Civil Veterinary Department ledger series I-VI
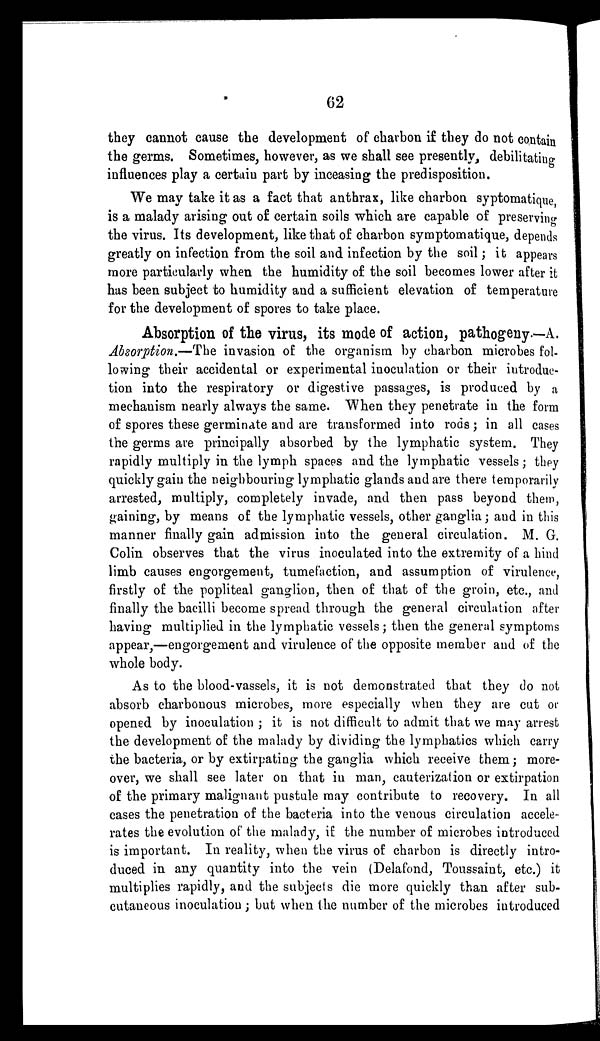
62
they cannot cause the development of charbon if they do not contain
the germs. Sometimes, however, as we shall see presently, debilitating
influences play a certain part by inceasing the predisposition.
We may take it as a fact that anthrax, like charbon syptomatique,
is a malady arising out of certain soils which are capable of preserving
the virus. Its development, like that of charbon symptomatique, depends
greatly on infection from the soil and infection by the soil; it appears
more particularly when the humidity of the soil becomes lower after it
has been subject to humidity and a sufficient elevation of temperature
for the development of spores to take place.
Absorption of the virus, its mode of action, pathogeny.—A.
Absorption.—The invasion of the organism by charbon microbes fol-
lowing their accidental or experimental inoculation or their introduc-
tion into the respiratory or digestive passages, is produced by a
mechanism nearly always the same. When they penetrate in the form
of spores these germinate and are transformed into rods; in all cases
the germs are principally absorbed by the lymphatic system. They
rapidly multiply in the lymph spaces and the lymphatic vessels; they
quickly gain the neighbouring lymphatic glands and are there temporarily
arrested, multiply, completely invade, and then pass beyond them,
gaining, by means of the lymphatic vessels, other ganglia; and in this
manner finally gain admission into the general circulation. M. G.
Colin observes that the virus inoculated into the extremity of a hind
limb causes engorgement, tumefaction, and assumption of virulence,
firstly of the popliteal ganglion, then of that of the groin, etc., and
finally the bacilli become spread through the general circulation after
having multiplied in the lymphatic vessels; then the general symptoms
appear,—engorgement and virulence of the opposite member and of the
whole body.
As to the blood-vassels, it is not demonstrated that they do not
absorb charbonous microbes, more especially when they are cut or
opened by inoculation; it is not difficult to admit that we may arrest
the development of the malady by dividing the lymphatics which carry
the bacteria, or by extirpating the ganglia which receive them; more-
over, we shall see later on that in man, cauterization or extirpation
of the primary malignant pustule may contribute to recovery. In all
cases the penetration of the bacteria into the venous circulation accele-
rates the evolution of the malady, if the number of microbes introduced
is important. In reality, when the virus of charbon is directly intro-
duced in any quantity into the vein (Delafond, Toussaint, etc.) it
multiplies rapidly, and the subjects die more quickly than after sub-
cutaneous inoculation; but when the number of the microbes introduced